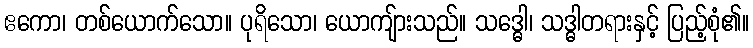
ဧကော၊ တစ်ယောက်သော။ ပုရိသော၊ ယောကျ်ားသည်။ သဒ္ဓေါ၊ သဒ္ဓါတရားနှင့် ပြည့်စုံ၏။